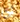
أي